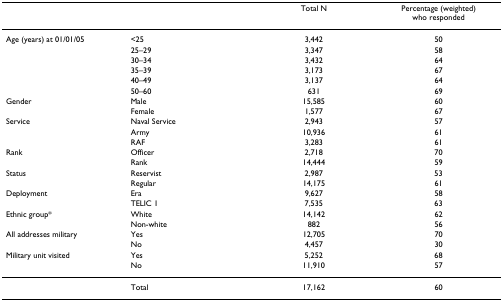
<table><thead><tr><td></td><td></td><td><b>Total N</b></td><td><b>Percentage (weighted) who responded</b></td></tr></thead><tbody><tr><td>Age (years) at 01/01/05</td><td>&lt;25</td><td>3,442</td><td>50</td></tr><tr><td></td><td>25–29</td><td>3,347</td><td>58</td></tr><tr><td></td><td>30–34</td><td>3,432</td><td>64</td></tr><tr><td></td><td>35–39</td><td>3,173</td><td>67</td></tr><tr><td></td><td>40–49</td><td>3,137</td><td>64</td></tr><tr><td></td><td>50–60</td><td>631</td><td>69</td></tr><tr><td>Gender</td><td>Male</td><td>15,585</td><td>60</td></tr><tr><td></td><td>Female</td><td>1,577</td><td>67</td></tr><tr><td>Service</td><td>Naval Service</td><td>2,943</td><td>57</td></tr><tr><td></td><td>Army</td><td>10,936</td><td>61</td></tr><tr><td></td><td>RAF</td><td>3,283</td><td>61</td></tr><tr><td>Rank</td><td>Officer</td><td>2,718</td><td>70</td></tr><tr><td></td><td>Rank</td><td>14,444</td><td>59</td></tr><tr><td>Status</td><td>Reservist</td><td>2,987</td><td>53</td></tr><tr><td></td><td>Regular</td><td>14,175</td><td>61</td></tr><tr><td>Deployment</td><td>Era</td><td>9,627</td><td>58</td></tr><tr><td></td><td>TELIC 1</td><td>7,535</td><td>63</td></tr><tr><td>Ethnic group*</td><td>White</td><td>14,142</td><td>62</td></tr><tr><td></td><td>Non-white</td><td>882</td><td>56</td></tr><tr><td>All addresses military</td><td>Yes</td><td>12,705</td><td>70</td></tr><tr><td></td><td>No</td><td>4,457</td><td>30</td></tr><tr><td>Military unit visited</td><td>Yes</td><td>5,252</td><td>68</td></tr><tr><td></td><td>No</td><td>11,910</td><td>57</td></tr><tr><td></td><td>Total</td><td>17,162</td><td>60</td></tr></tbody></table>